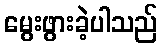
မွေးဖွားခဲ့ပါသည်